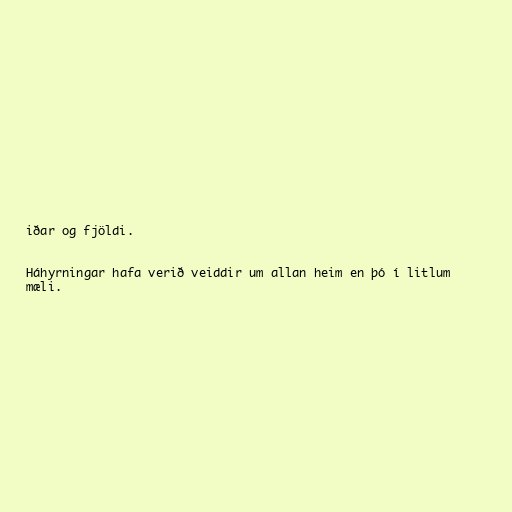
iðar og fjöldi.

Háhyrningar hafa verið veiddir um allan heim en þó í litlum
mæli.